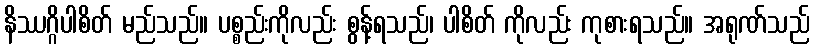
နိဿဂ္ဂိပါစိတ် မည်သည်။ ပစ္စည်းကိုလည်း စွန့်ရသည်၊ ပါစိတ် ကိုလည်း ကုစားရသည်။ အရုဏ်သည်